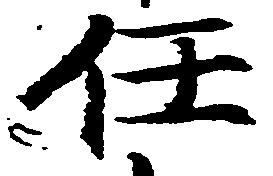
任